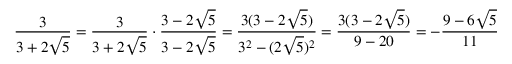
{ \frac { 3 } { 3 + 2 { \sqrt { 5 } } } } = { \frac { 3 } { 3 + 2 { \sqrt { 5 } } } } \cdot { \frac { 3 - 2 { \sqrt { 5 } } } { 3 - 2 { \sqrt { 5 } } } } = { \frac { 3 ( 3 - 2 { \sqrt { 5 } } ) } { { 3 } ^ { 2 } - ( 2 { \sqrt { 5 } } ) ^ { 2 } } } = { \frac { 3 ( 3 - 2 { \sqrt { 5 } } ) } { 9 - 2 0 } } = - { \frac { 9 - 6 { \sqrt { 5 } } } { 1 1 } }